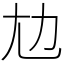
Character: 𡯄